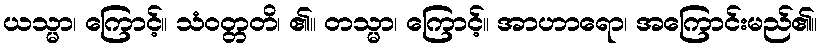
ယသ္မာ၊ ကြောင့်။ သံဝတ္တတိ၊ ၏။ တသ္မာ၊ ကြောင့်။ အာဟာရော၊ အကြောင်းမည်၏။